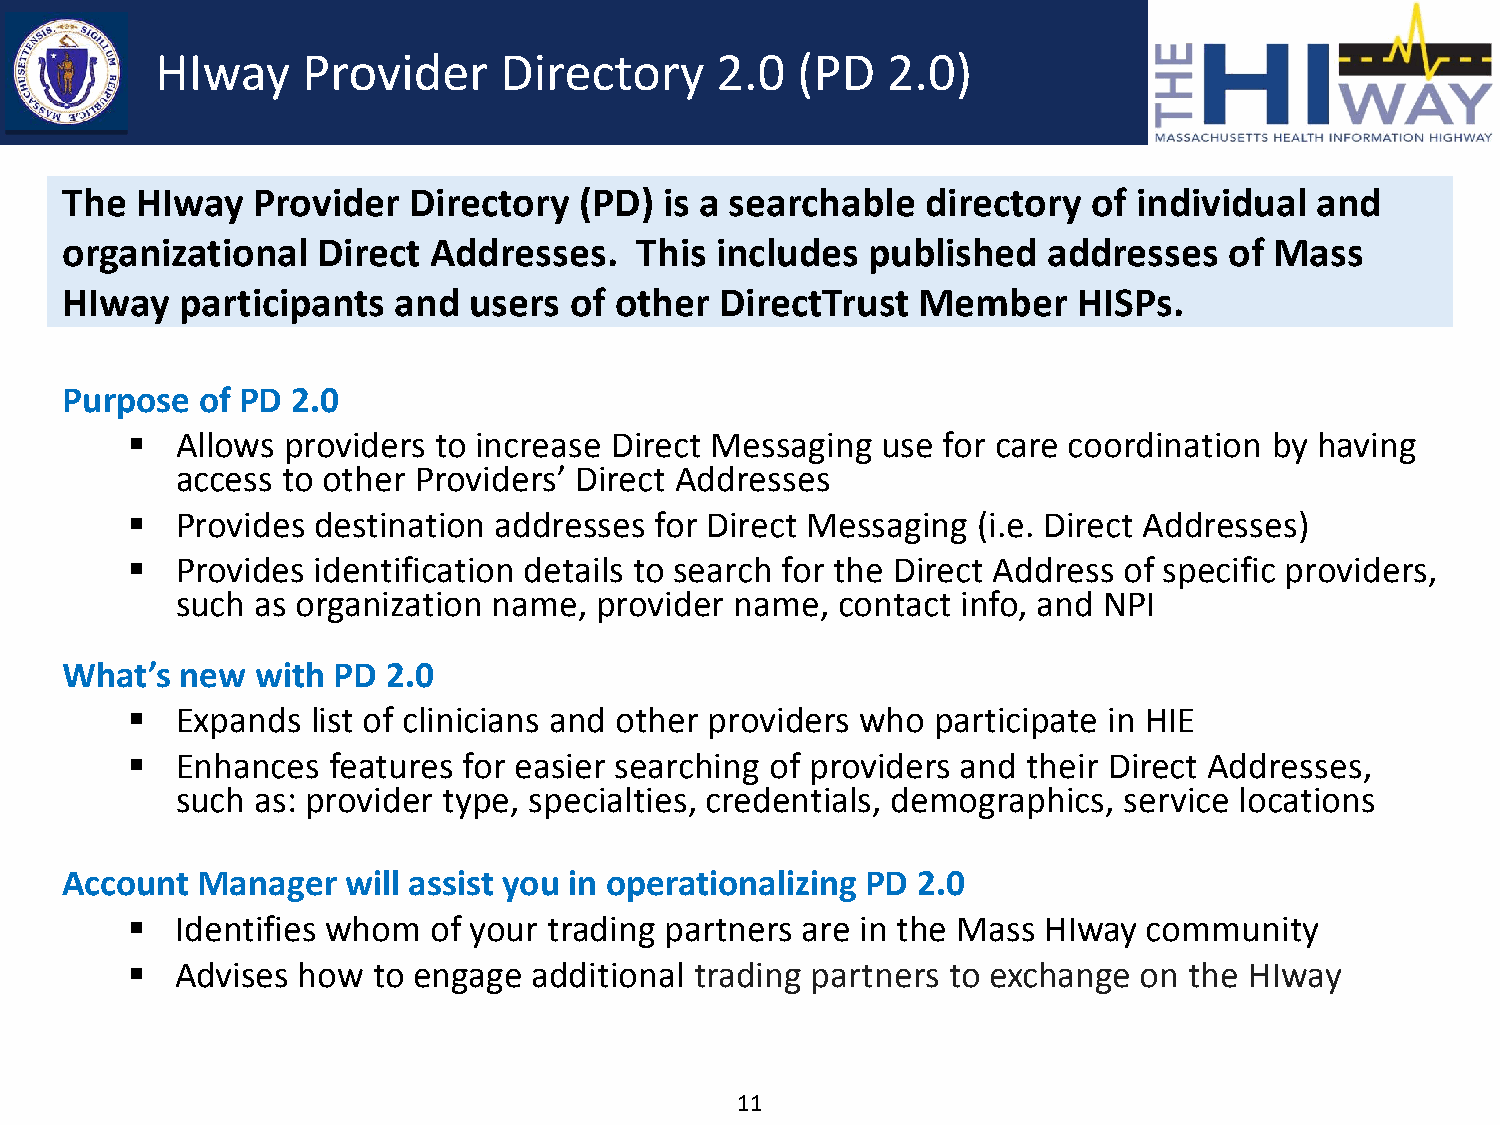
HIway     Provider     Directory     2.0   (PD   2.0)
 The  HIway   Provider  Directory  (PD)  is a searchable  directory  of individual  and
 organizational   Direct Addresses.    This includes  published   addresses   of Mass
 HIway   participants  and  users  of other  DirectTrust  Member    HISPs.
 Purpose  of PD 2.0
    Allows providers to increase Direct Messaging use for care coordination by having
 access to other Providers’ Direct Addresses
    Provides destination addresses for Direct Messaging  (i.e. Direct Addresses)
    Provides identification details to search for the Direct Address of specific providers,
 such as organization name, provider  name,  contact info, and NPI
 What’s  new  with PD  2.0
    Expands  list of clinicians and other providers who participate in HIE
    Enhances  features for easier searching of providers and their Direct Addresses,
 such as: provider type, specialties, credentials, demographics, service locations
 Account  Manager   will assist you in operationalizing PD 2.0
    Identifies whom of your trading partners are in the Mass HIway  community
    Advises how  to engage additional trading partners to exchange  on the HIway
 11